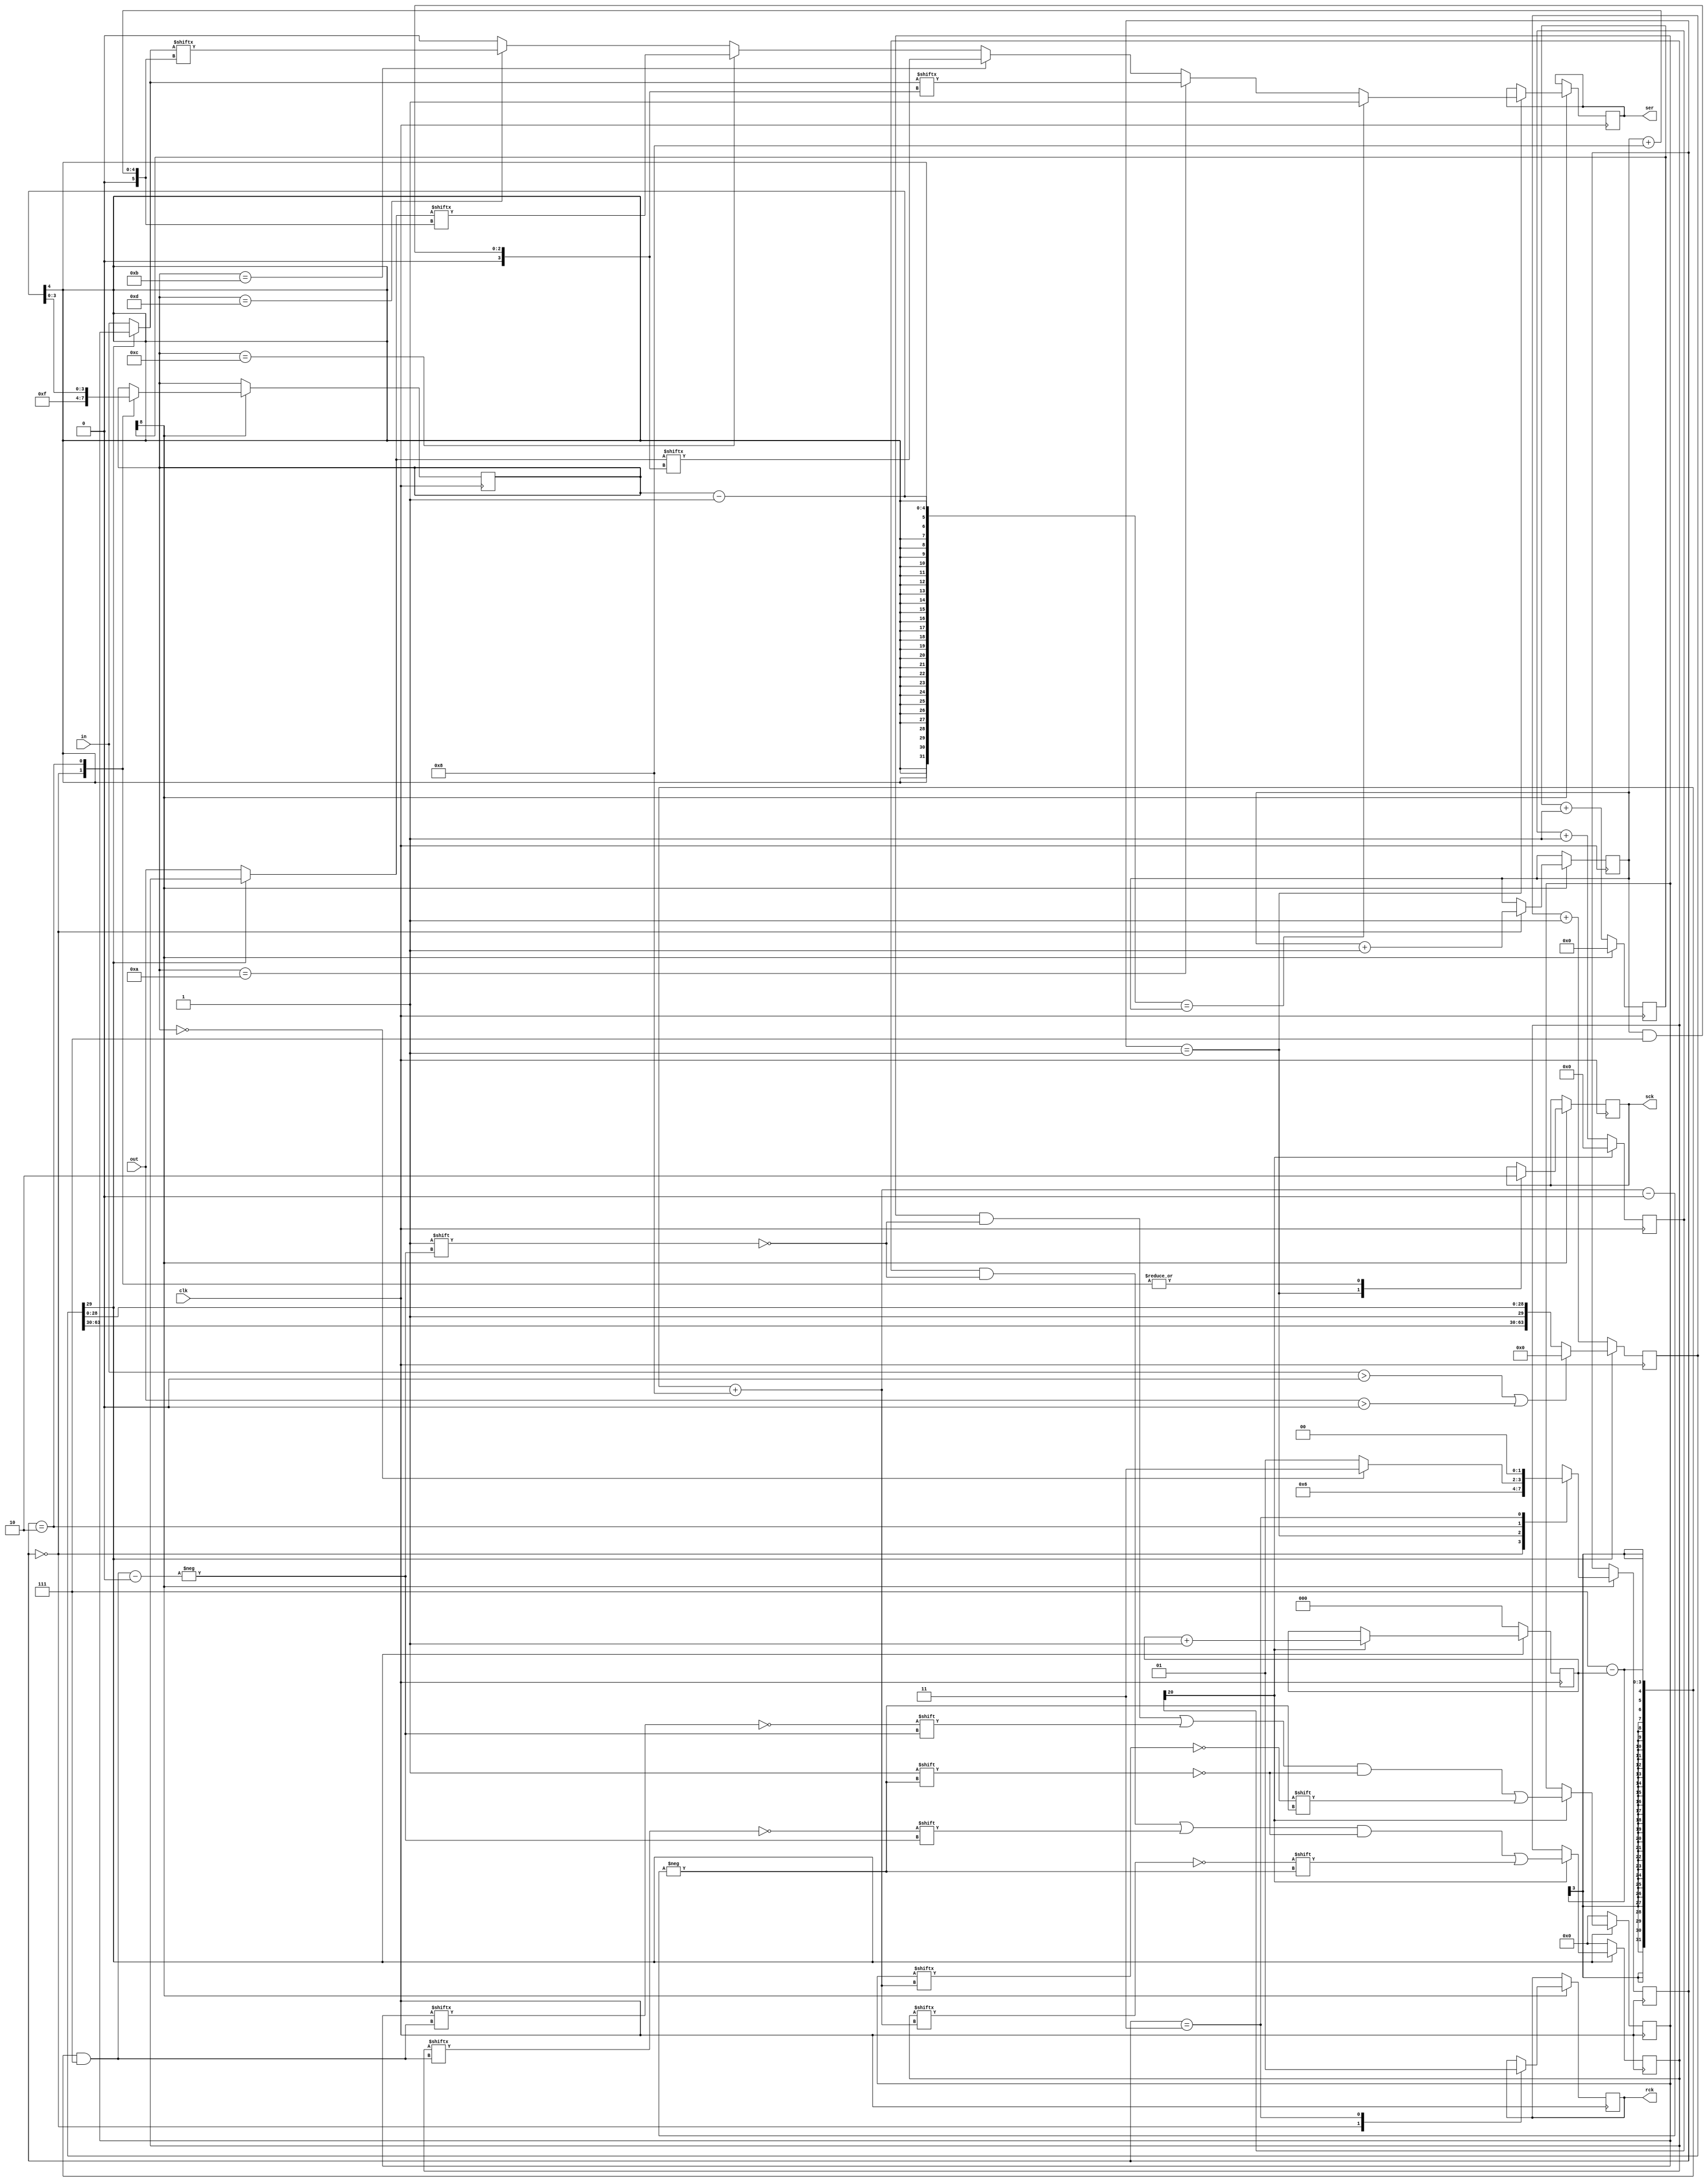
module activityleds (
	input      clk,
	input      [15:0] in, out,
	output reg sck, rck, ser
);

// 74hc594 clock
// Increase nr of bits if ghosting appears on led matrix.
// Max update speed depends on the specific led driver used.
localparam shiftclk = 8;
reg [shiftclk:0] clk_cntr;
wire clk2 = clk_cntr[shiftclk];

always @(posedge clk) begin
	clk_cntr <= clk_cntr + 1;
	if (clk_cntr[shiftclk]) begin
		clk_cntr <= 0;
	end
end

// 74hc594 driver
localparam STATE_INIT = 2'b00;
localparam STATE_SEND = 2'b01;
localparam STATE_LOOP = 2'b10;
localparam STATE_DONE = 2'b11;
reg [1:0] state = STATE_INIT;
reg [2:0] colpos = 3'b111;
reg [3:0] bitno = 4'b1111;

always @(posedge clk)
begin
	if (clk2) begin
		case (state)
		STATE_INIT: begin
			rck <= 0;
			sck <= 0;
			bitno <= 4'b1111;
			colpos <= colpos + 1;
			state <= STATE_SEND;
		end
		STATE_SEND: begin
			if (bitno-1 == colpos) ser <= 1;
			else if (bitno == 10) ser <=  inact[colpos & 7];
			else if (bitno == 11) ser <= outact[colpos & 7];
			else if (bitno == 12) ser <= outact[colpos + 8];
			else if (bitno == 13) ser <=  inact[colpos + 8];
			else ser <= 0;
			sck <= 1;
			state <= STATE_LOOP;
		end
		STATE_LOOP: begin
			sck <= 0;
			bitno <= bitno - 1;
			state <= bitno == 0 ? STATE_DONE : STATE_SEND;
		end
		STATE_DONE: begin
			rck <= 1;
			state <= STATE_INIT;
		end
		default:
			state <= STATE_INIT;
		endcase
	end
end

// screensaver idle detector
reg [63:0] idle_count = 0;
wire idle = idle_count[29]; // 28 = 20s, 29 = 40s, 30 = 80s, 31 = 160s (12mhz clock)

always @(posedge clk) begin
	if (in > 0 || out > 0) begin
		idle_count <= 0;
	end
	if (!idle) begin
		idle_count <= idle_count + 1;
	end
end

 // screensaver animation clock
localparam ssclk = 20;
reg [ssclk:0] ssclk_cntr;
wire ssclk2 = ssclk_cntr[ssclk];

always @(posedge clk) begin
	ssclk_cntr <= ssclk_cntr + 1;
	if (ssclk_cntr[ssclk]) begin
		ssclk_cntr <= 0;
	end
end

// screensaver animation
reg [2:0] ssbitno = 0;
reg [15:0] ssin = 0;
reg [15:0] ssout = 0;
wire [15:0] inact  = idle ? ssin  : in;
wire [15:0] outact = idle ? ssout : out;

always @(posedge clk) begin
	if (!idle) begin
		ssbitno <= 0;
		ssin <= 0;
		ssout <= 0;
	end
	else begin
		if (ssclk2) begin
			ssbitno <= ssbitno + 1;
			ssin[7-ssbitno & 7] <= !ssin[7-ssbitno & 7];
			ssin[7-ssbitno + 8] <= !ssin[7-ssbitno + 8];
			ssout[7-ssbitno & 7] <= !ssout[7-ssbitno & 7];
			ssout[7-ssbitno + 8] <= !ssout[7-ssbitno + 8];
		end
	end
end

endmodule